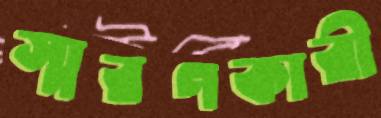
স্মরণকারী